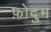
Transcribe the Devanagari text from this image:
फ़ोदुम